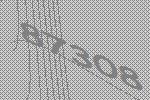
87308